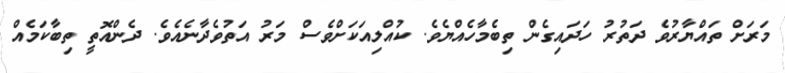
މަރަށް ތައްޔާރުވެ ދަތުރު ހަދައިގެން ތިބެމާހެއްޔެވެ. ކުއްލިއަކަށްވެސް މަރު އަތުވެދާނެއެވެ. ދެންއޮތީ ތިބާކަމެއް